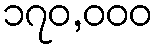
၁၇၀,၀၀၀